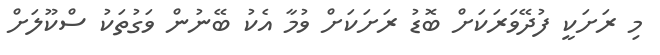
މި ރަށަކީ ފުދޭވަރަކަށް ބޮޑު ރަށަކަށް ވުމާ އެކު ބޭނުން ވަގުތަކު ސްކޫލަށް